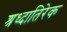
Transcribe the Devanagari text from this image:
श्रध्दातिरेक